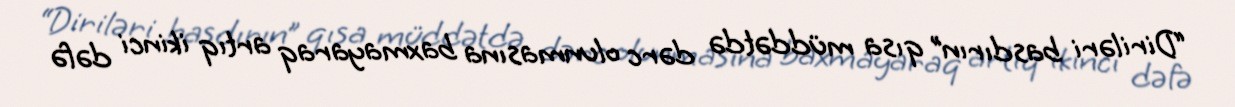
“Diriləri basdırın” qısa müddətdə dərc olunmasına baxmayaraq artıq ikinci dəfə